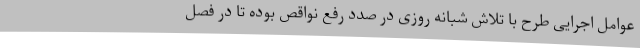
عوامل اجرایی طرح با تلاش شبانه روزی در صدد رفع نواقص بوده تا در فصل